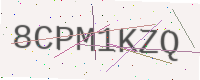
Text: 8CPM1KZQ